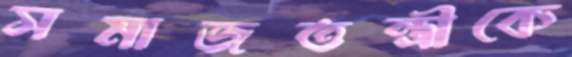
সমাজতন্ত্রীকে